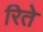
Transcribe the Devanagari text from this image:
रिते